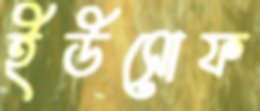
ইউসোফ